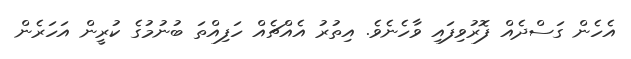
އެހެން ގަސްދެއް ފޮރުވިފައި ވާހެނެވެ. އިތުރު އެއްޗެއް ހަފިއްތަ ބުނުމުގެ ކުރީން އަހަރެން